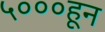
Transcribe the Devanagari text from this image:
५०००हून